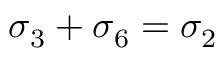
\sigma _ { 3 } + \sigma _ { 6 } = \sigma _ { 2 }